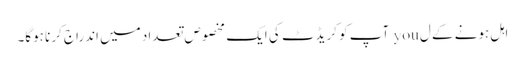
اہل ہونے کے ل you آپ کو کریڈٹ کی ایک مخصوص تعداد میں اندراج کرنا ہوگا۔